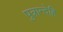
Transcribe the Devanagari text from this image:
पुत्रान्देहि